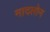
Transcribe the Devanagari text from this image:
नादलोन